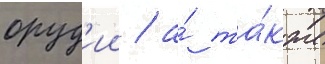
оруд'ии / а́ та́кже